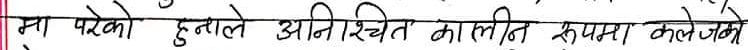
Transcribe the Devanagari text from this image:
मा परेको हुनाले अनिश्चित कालिन रूपमा केले जाने